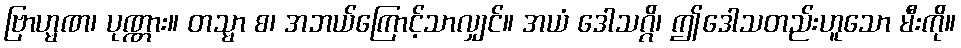
ဗြာဟ္မဏ၊ ပုဏ္ဏား။ တသ္မာ စ၊ အဘယ်ကြောင့်သာလျှင်။ အယံ ဒေါသဂ္ဂိ၊ ဤဒေါသတည်းဟူသော မီးကို။